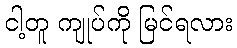
ငါ့တူ ကျုပ်ကို မြင်ရလား